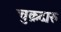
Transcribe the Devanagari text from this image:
चुक्रदारु